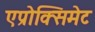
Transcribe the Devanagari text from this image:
एप्रोक्सिमेट